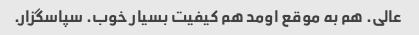
عالی. هم به موقع اومد هم کیفیت بسیار خوب. سپاسگزار.